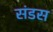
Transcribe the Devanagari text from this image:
संडस